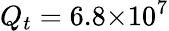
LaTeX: Q_{t}=6.8{\times}10^{7}